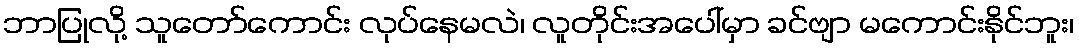
ဘာပြုလို့ သူတော်ကောင်း လုပ်နေမလဲ၊ လူတိုင်းအပေါ်မှာ ခင်ဗျာ မကောင်းနိုင်ဘူး၊